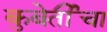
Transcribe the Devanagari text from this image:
कुबेर्तींचा